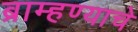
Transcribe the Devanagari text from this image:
ब्राम्हण्याचे